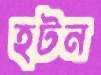
হটন